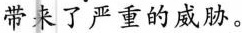
带来了严重的威胁。